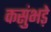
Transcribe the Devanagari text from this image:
कसुंभड़े